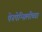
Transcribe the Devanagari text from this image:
पेनपेन्सिलीच्या